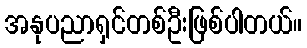
အနုပညာရှင်တစ်ဦးဖြစ်ပါတယ်။